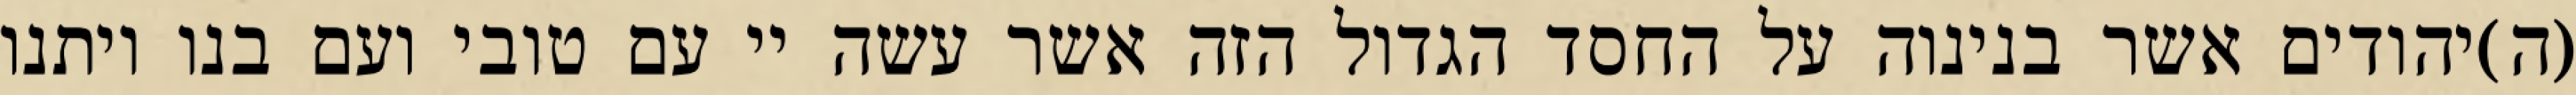
(ה)יהודים אשר בנינוה על החסד הגדול הזה אשר עשה יי עם טובי ועם בנו ויתנו